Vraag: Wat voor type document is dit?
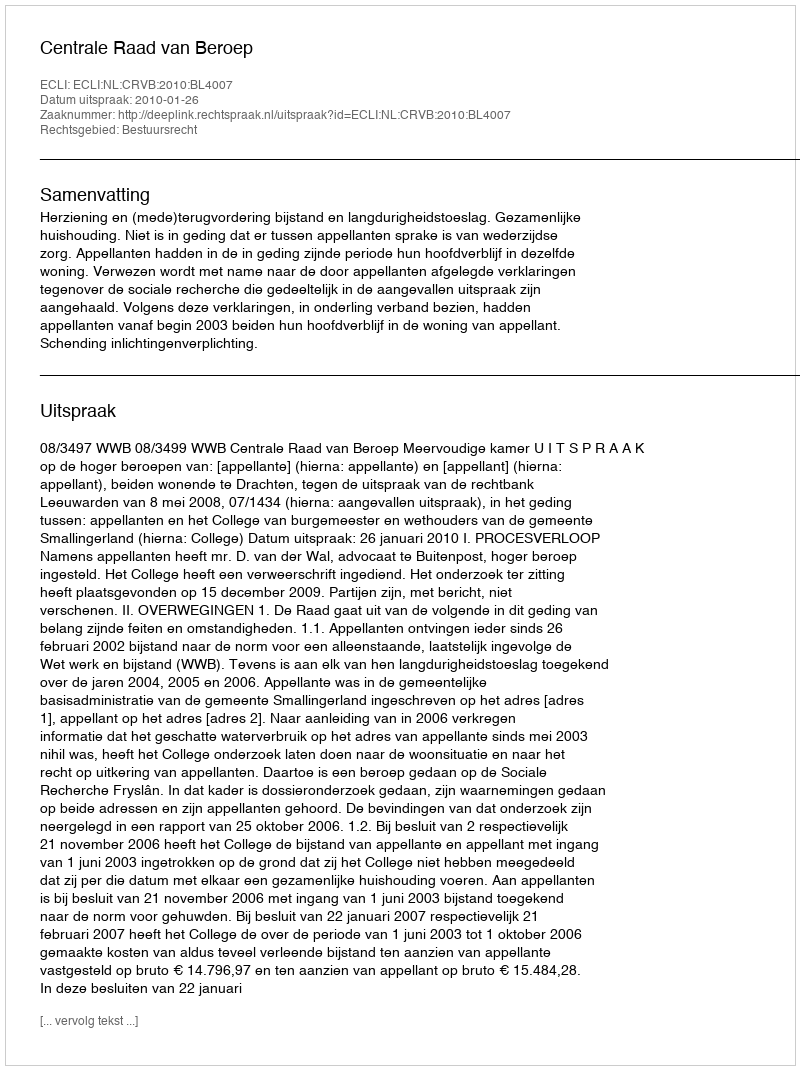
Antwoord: Uitspraak